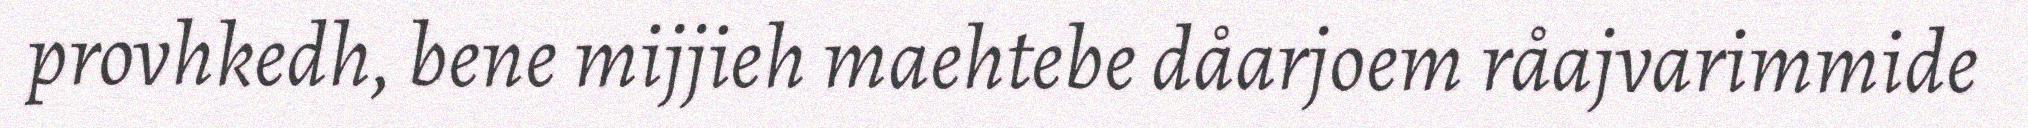
provhkedh, bene mijjieh maehtebe dåarjoem råajvarimmide